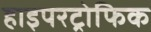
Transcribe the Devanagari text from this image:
हाइपरट्रोफिक